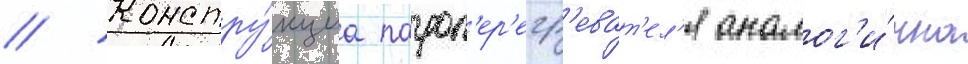
// Констру́кциа пароп'ер'егр'еват'ел'я аналог'и́чна